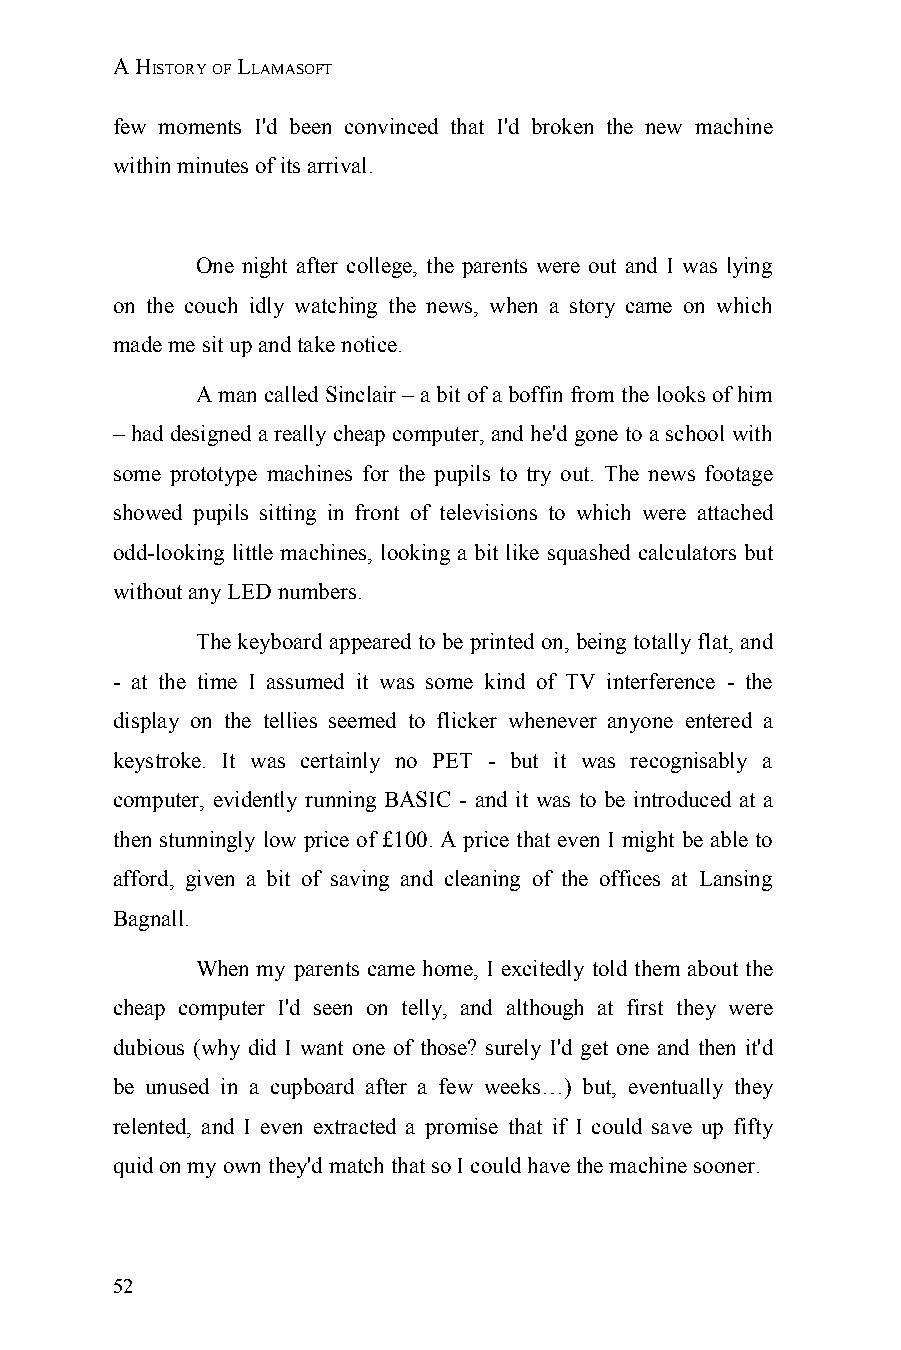
A HISTORY OF LLAMASOFT
 few moments I'd been convinced that I'd broken the new machine
 within minutes of its arrival.
 One night after college, the parents were out and I was lying
 on the couch idly watching the news, when a story came on which
 made me sit up and take notice.
 A man called Sinclair – a bit of a boffin from the looks of him
 – had designed a really cheap computer, and he'd gone to a school with
 some prototype machines for the pupils to try out. The news footage
 showed pupils sitting in front of televisions to which were attached
 odd-looking little machines, looking a bit like squashed calculators but
 without any LED numbers.
 The keyboard appeared to be printed on, being totally flat, and
 - at the time I assumed it was some kind of TV interference - the
 display on the tellies seemed to flicker whenever anyone entered a
 keystroke. It was certainly no PET - but it was recognisably a
 computer, evidently running BASIC - and it was to be introduced at a
 then stunningly low price of £100. A price that even I might be able to
 afford, given a bit of saving and cleaning of the offices at Lansing
 Bagnall.
 When my parents came home, I excitedly told them about the
 cheap computer I'd seen on telly, and although at first they were
 dubious (why did I want one of those? surely I'd get one and then it'd
 be unused in a cupboard after a few weeks…) but, eventually they
 relented, and I even extracted a promise that if I could save up fifty
 quid on my own they'd match that so I could have the machine sooner.
 52